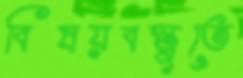
বিষয়বস্তুতে